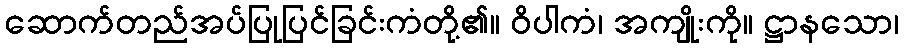
ဆောက်တည်အပ်ပြုပြင်ခြင်းကံတို့၏။ ဝိပါကံ၊ အကျိုးကို။ ဋ္ဌာနသော၊